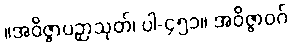
။အဝိဇ္ဇာပဉှာသုတ်၊ ပါ-၄၅၁။ အဝိဇ္ဇာဝဂ်